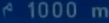
1000 m